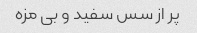
پر از سس سفید و بى مزه